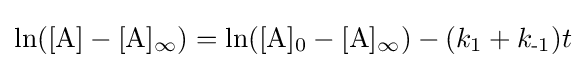
\ln([\mathrm {A} ]-[\mathrm {A} ]_{\infty })=\ln([\mathrm {A} ]_{\text{0}}-[\mathrm {A} ]_{\infty })-(k_{\text{1}}+k_{\text{-1}})t